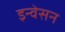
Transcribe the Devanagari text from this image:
इन्वेसन